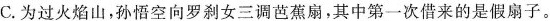
C.为过火焰山，孙悟空向罗刹女三调芭蕉扇，其中第一次借来的是假扇子。